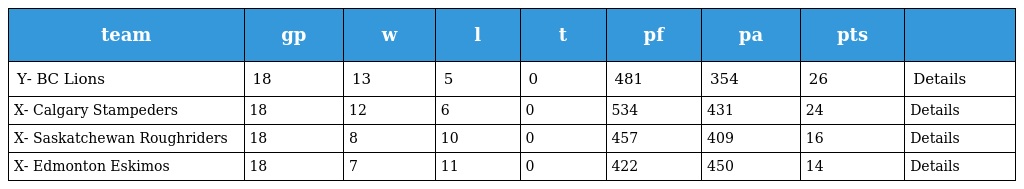
| team | gp | w | l | t | pf | pa | pts |  |
 | --- | --- | --- | --- | --- | --- | --- | --- | --- |
 | Y- BC Lions | 18 | 13 | 5 | 0 | 481 | 354 | 26 | Details |
 | X- Calgary Stampeders | 18 | 12 | 6 | 0 | 534 | 431 | 24 | Details |
 | X- Saskatchewan Roughriders | 18 | 8 | 10 | 0 | 457 | 409 | 16 | Details |
 | X- Edmonton Eskimos | 18 | 7 | 11 | 0 | 422 | 450 | 14 | Details |